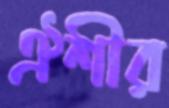
ঐশীর